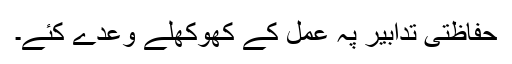
حفاظتی تدابیر پہ عمل کے کھوکھلے وعدے کئے۔